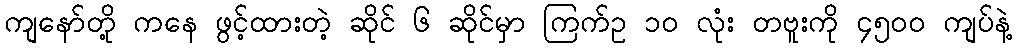
ကျနော်တို့ ကနေ ဖွင့်ထားတဲ့ ဆိုင် ၆ ဆိုင်မှာ ကြက်ဥ ၁၀ လုံး တဗူးကို ၄၅၀၀ ကျပ်နဲ့